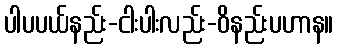
ပါပပယ်နည်း-ငါးပါးလည်း-ဝိနည်းပဟာန။